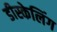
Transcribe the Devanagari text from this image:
डीस्केलिंग